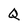
Character: Q